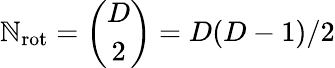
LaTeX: \mathbb{N}_{\mathrm{{rot}}}={\binom{D}{2}}=D(D-1)/2